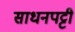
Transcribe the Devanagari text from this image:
साधनपट्टी